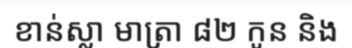
ខាន់ស្លា មាត្រា ៨២ កូន និង